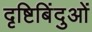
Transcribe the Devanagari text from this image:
दृष्टिबिंदुओं